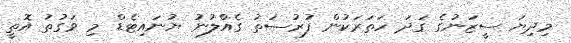
މިދިޔަ ސީޒަނުގެ ގަދަ ހަތަރަކުން ފުރުސަތު ގެެއްލުނު ޔުނައިޓެޑް މި ވަގުތު އޮތީ